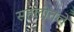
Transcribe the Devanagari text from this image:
सहलीतले